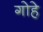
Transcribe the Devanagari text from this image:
गोहे